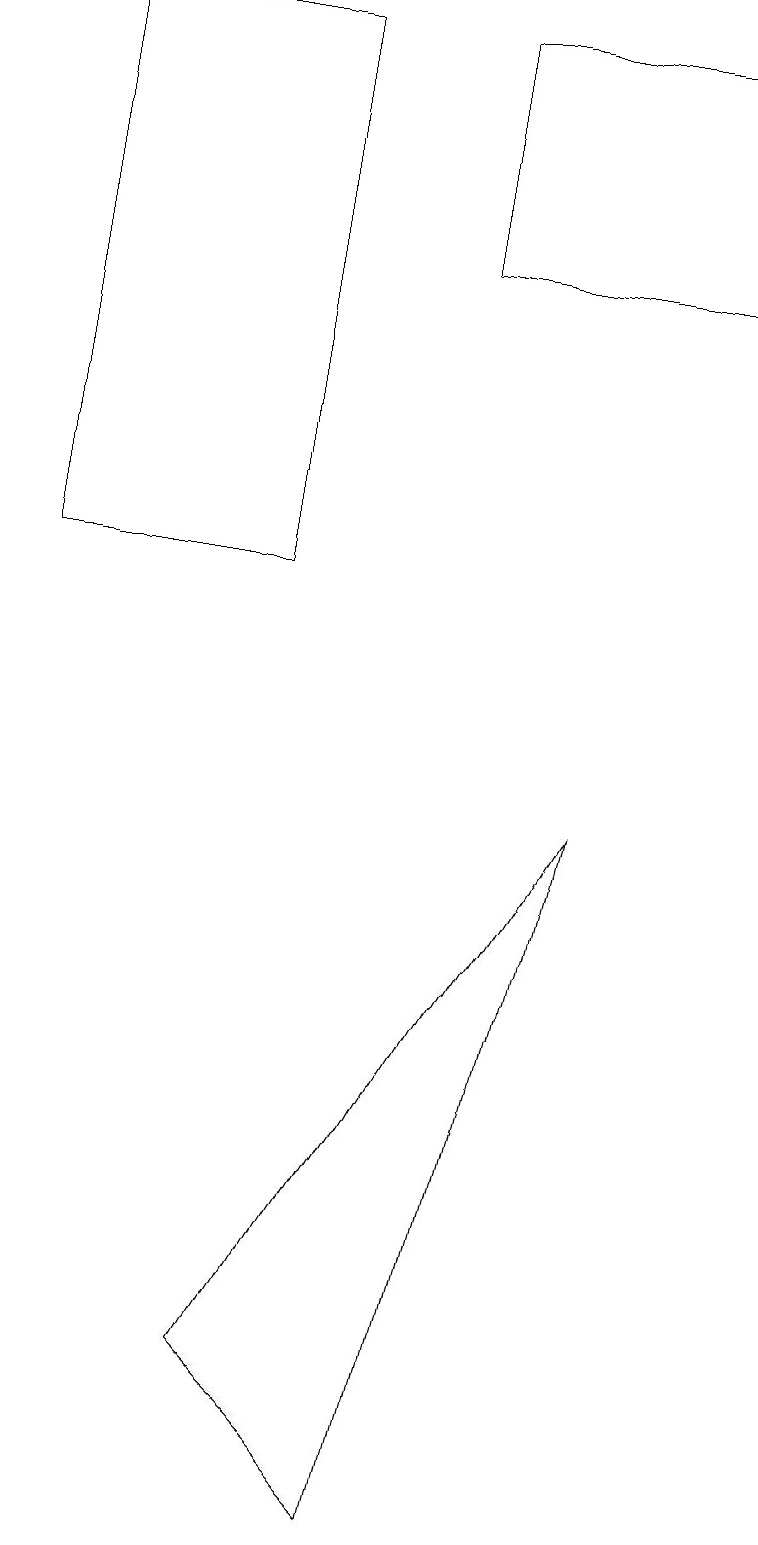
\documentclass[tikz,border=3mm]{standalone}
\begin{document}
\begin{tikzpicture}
\draw (7,9) -- (5,0) -- (3,2) -- cycle;
\draw (3,12) rectangle (0,19);
\draw (5,16) rectangle (9,19);
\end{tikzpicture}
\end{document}